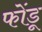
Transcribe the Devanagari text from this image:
फोंडू